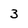
Character: 3